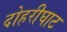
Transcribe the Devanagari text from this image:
दोहरीघाट